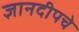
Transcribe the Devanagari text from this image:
ज्ञानदीपचे